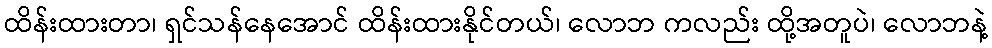
ထိန်းထားတာ၊ ရှင်သန်နေအောင် ထိန်းထားနိုင်တယ်၊ လောဘ ကလည်း ထို့အတူပဲ၊ လောဘနဲ့